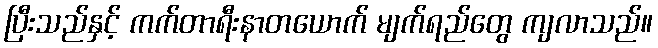
ပြီးသည်နှင့် ကက်တာရီးနာတယောက် မျက်ရည်တွေ ကျလာသည်။